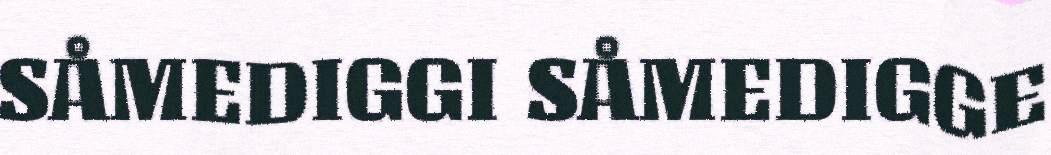
SÅMEDIGGI SÅMEDIGGE